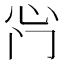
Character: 𫹰